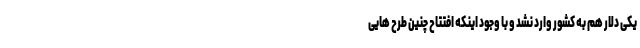
یکی دلار هم به کشور وارد نشد و با وجود اینکه افتتاح چنین طرح هایی